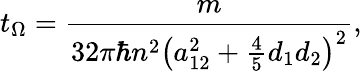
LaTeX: t_{\Omega}=\frac{m}{32\pi\hbar n^{2}\left(a_{12}^{2}+\frac{4}{5}d_{1}d_{2}\right)^{2}},